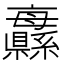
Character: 𦇨